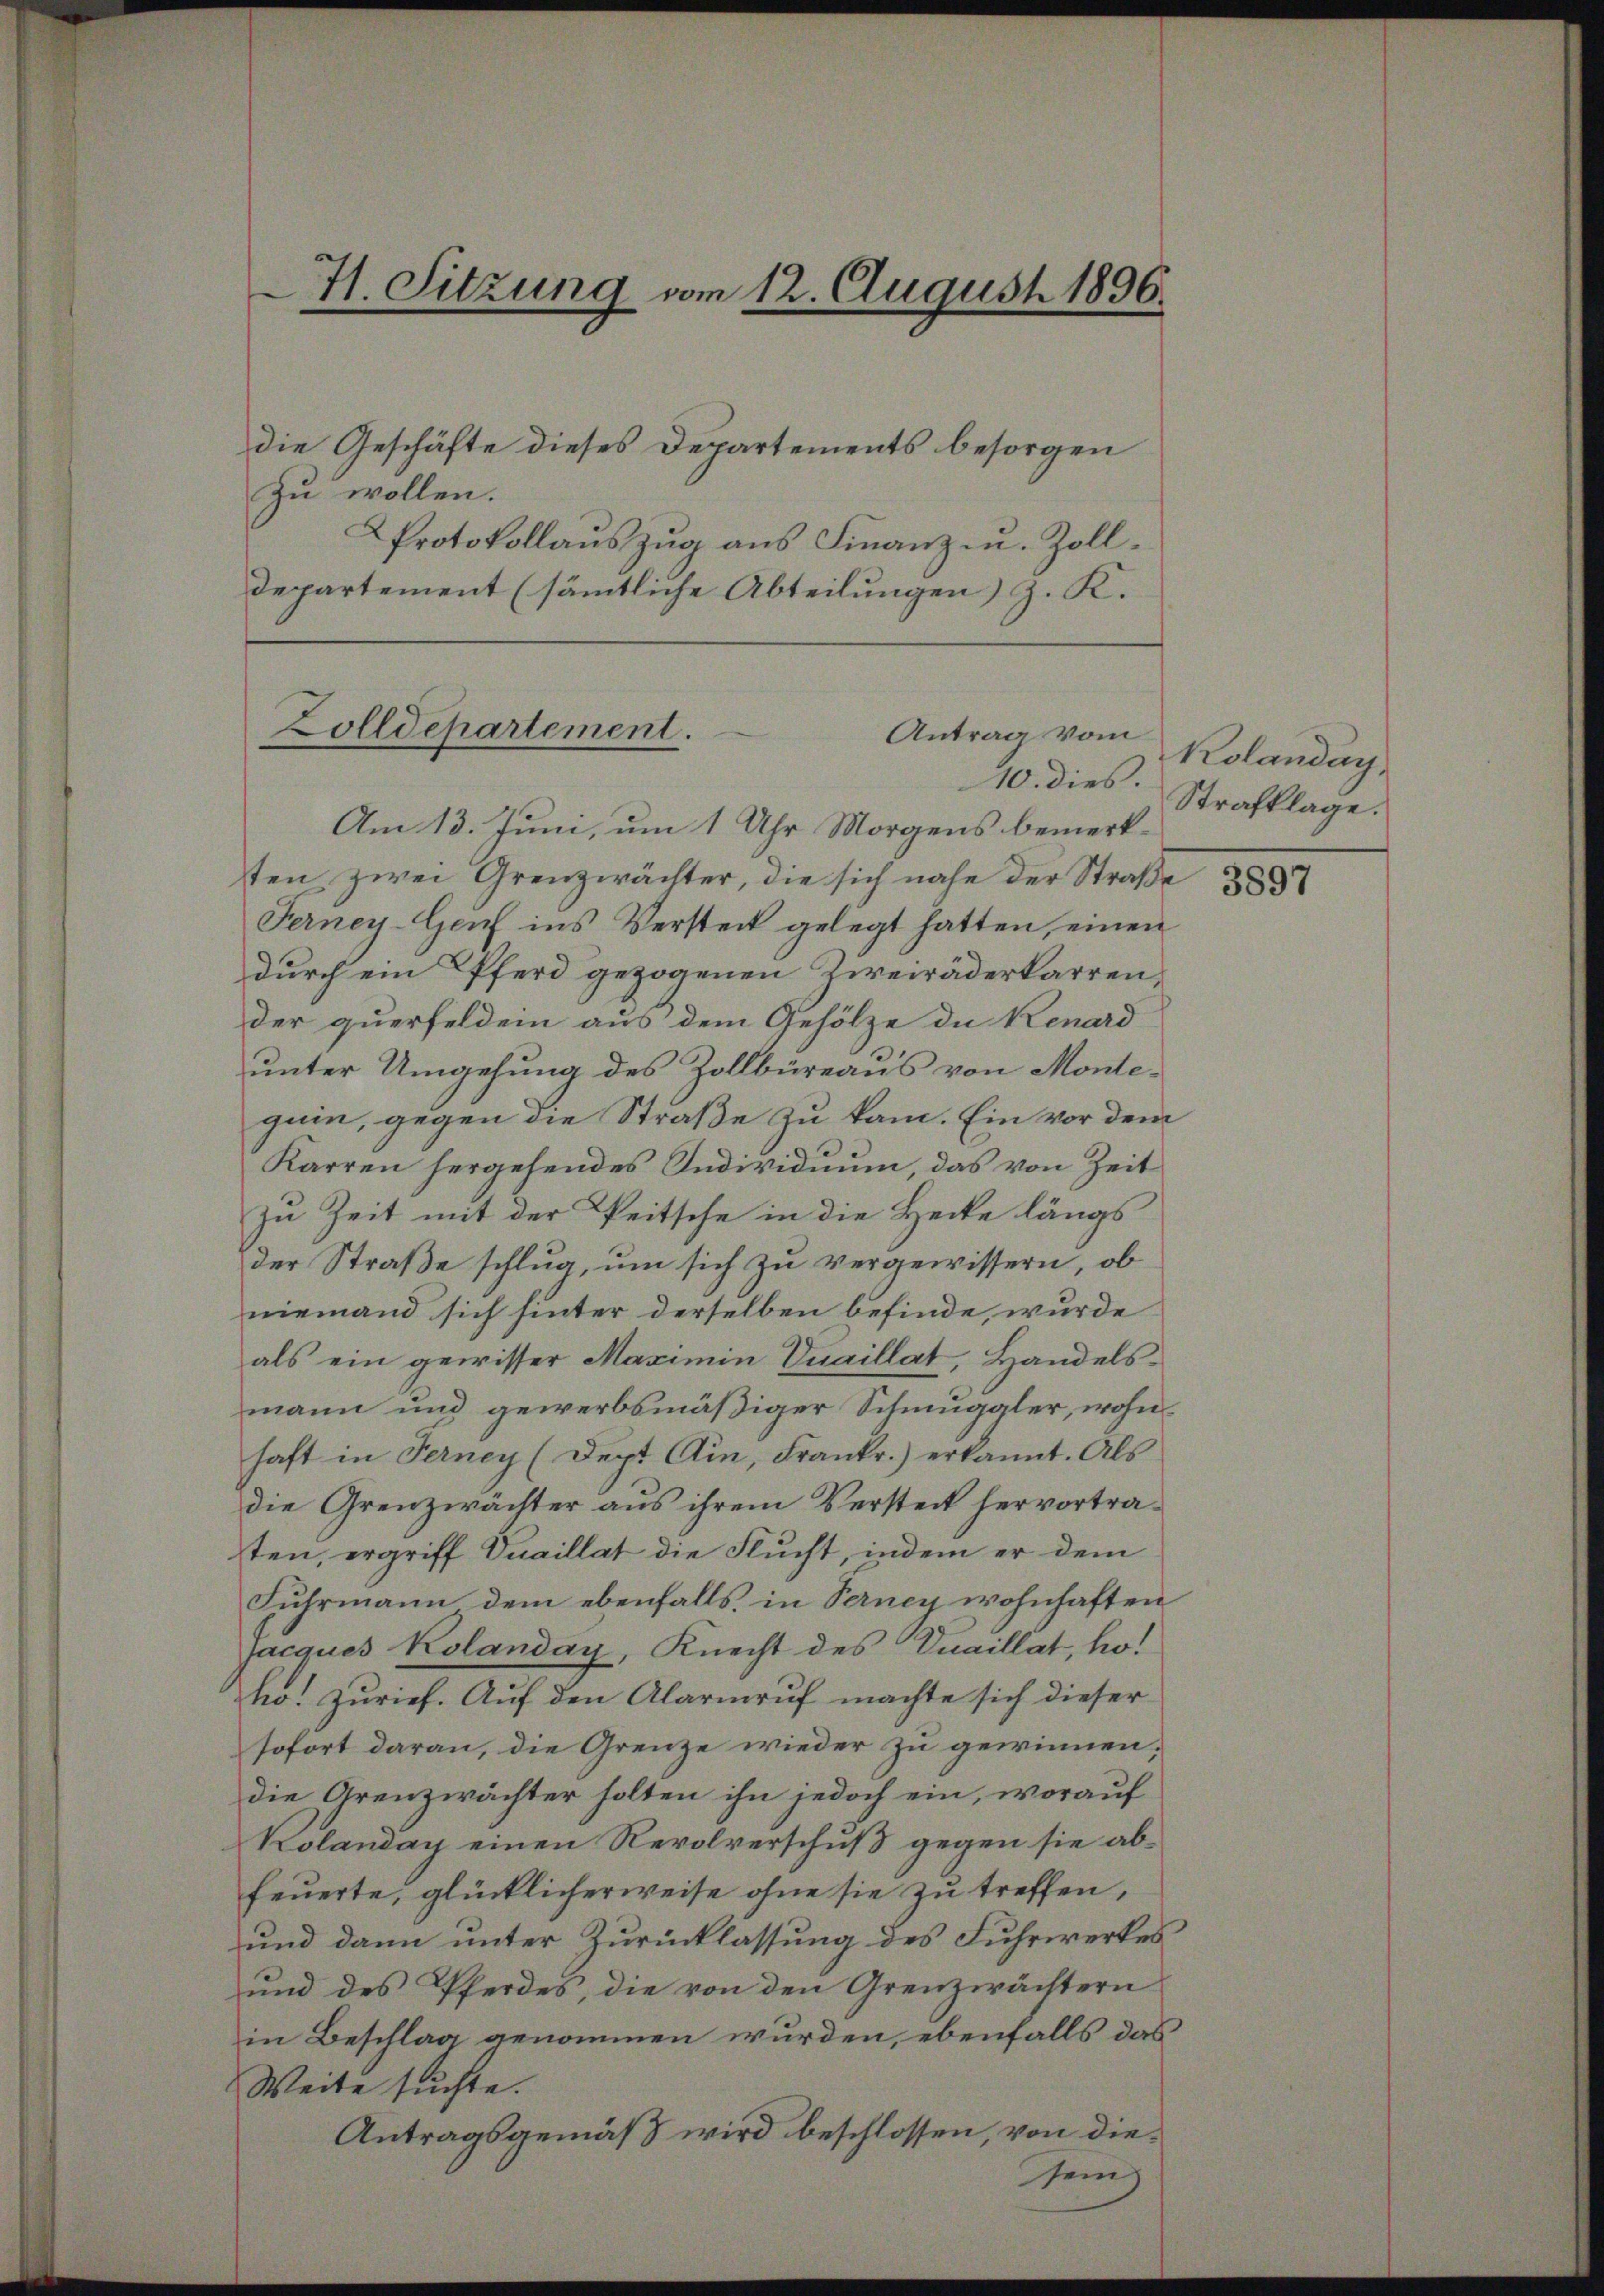
41. Sitzung vom 12. August 1896.

die Geschäfte dieses Departements besorgen
zu wollen.
KProtokollauszug aus Finanz- u. Zoll¬
Departement (sämmtliche Abteilungen) z. K.

Zolldepartement.
Antrag vom

10. dies.
Am 13. Juni, um 1 Uhr Morgens bemerksten zwei Grenzwächter, die sich nahe der Straße
Ferney-Genf ins Versteck gelegt hatten, einen
durch ein Pferd gezogenen Zweiräderkarren,
der querfelden aus dem Gehölze die Kenard
unter Umgehung des Zollbüreaus von Montegum, gegen die Straße zu kam. Ein vor dem
Karren hergehendes Individuum, das von Zeit
In Zeit mit der Peitsche in die Hecke längs
der Straße schlug, um sich zu vergewissern, ob
niemand sich hinter derselben befinde, wurde
als ein gewisser Maximin Quaillat, Handelsmann und gewerbsmäßiger Schmuggler, wohnhaft in Ferney (Dept Ain, Frankr.) erkannt. Als
die Grenzwächter aus ihrem Versteck hervortraten, ergriff Vuaillat die Flucht, indem er dem
Fuhrmann dem ebenfalls, in Verney wohnhaften
jacques Kolanday, Knecht des Vuaillat, ho
ho. Zurief. Auf den Alarmruf machte sich dieser
sofort daran, die Grenze wieder zu gewinnen,
die Grenzwächter holten ihn jedoch ein, worauf
Kolanday einen Revolverschuß gegen sie abfeuerte, glücklicherweise ohne sie zu treffen,
und dann unter Zurücklassung des Fuhrwerkes
und des Pferdes, die von den Grenzwächtern
in Beschlag genommen wurden, ebenfalls das
Weite suchte.
Antragsgemäß wird beschlossen, von dieein
J

Kolanday.
Strafklage.

3897